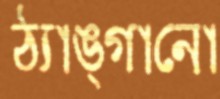
ঠ্যাঙ্গানো